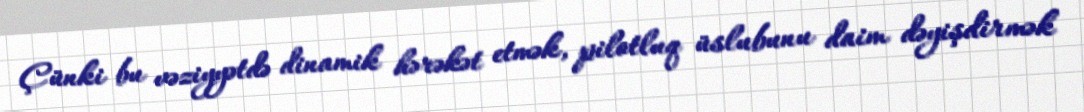
Çünki bu vəziyyətdə dinamik hərəkət etmək, pilotluq üslubunu daim dəyişdirmək